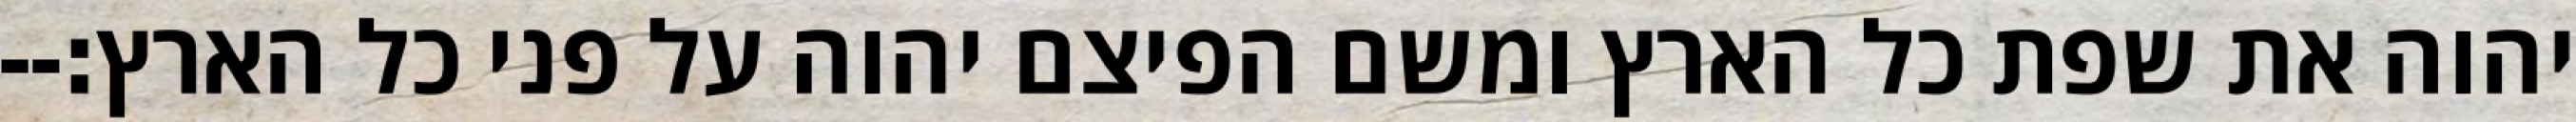
יהוה את שפת כל הארץ ומשם הפיצם יהוה על פני כל הארץ׃--